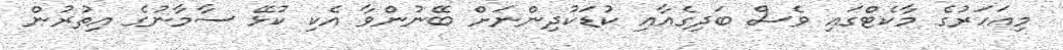
މިއަހަރުގެ މާކެޓްގައި ވެސް ބަދިގެއާއި ކުޑަކުދިންނަށް ބޭނުންވާ އެކި ކުޅޭ ސާމާނުގެ އިތުރުން